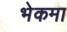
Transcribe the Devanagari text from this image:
भेकमा